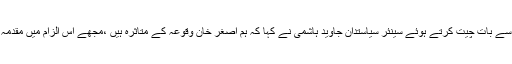
عدالت عظمیٰ کے باہر میڈیا کے نمائندوں سے بات چیت کرتے ہوئے سینئر سیاستدان جاوید ہاشمی نے کہا کہ ہم اصغر خان وقوعہ کے متاثرہ ہیں ،ْمجھے اس الزام میں مقدمہ چلائے بغیر 5 برس تک جیل میں ڈالا گیا۔